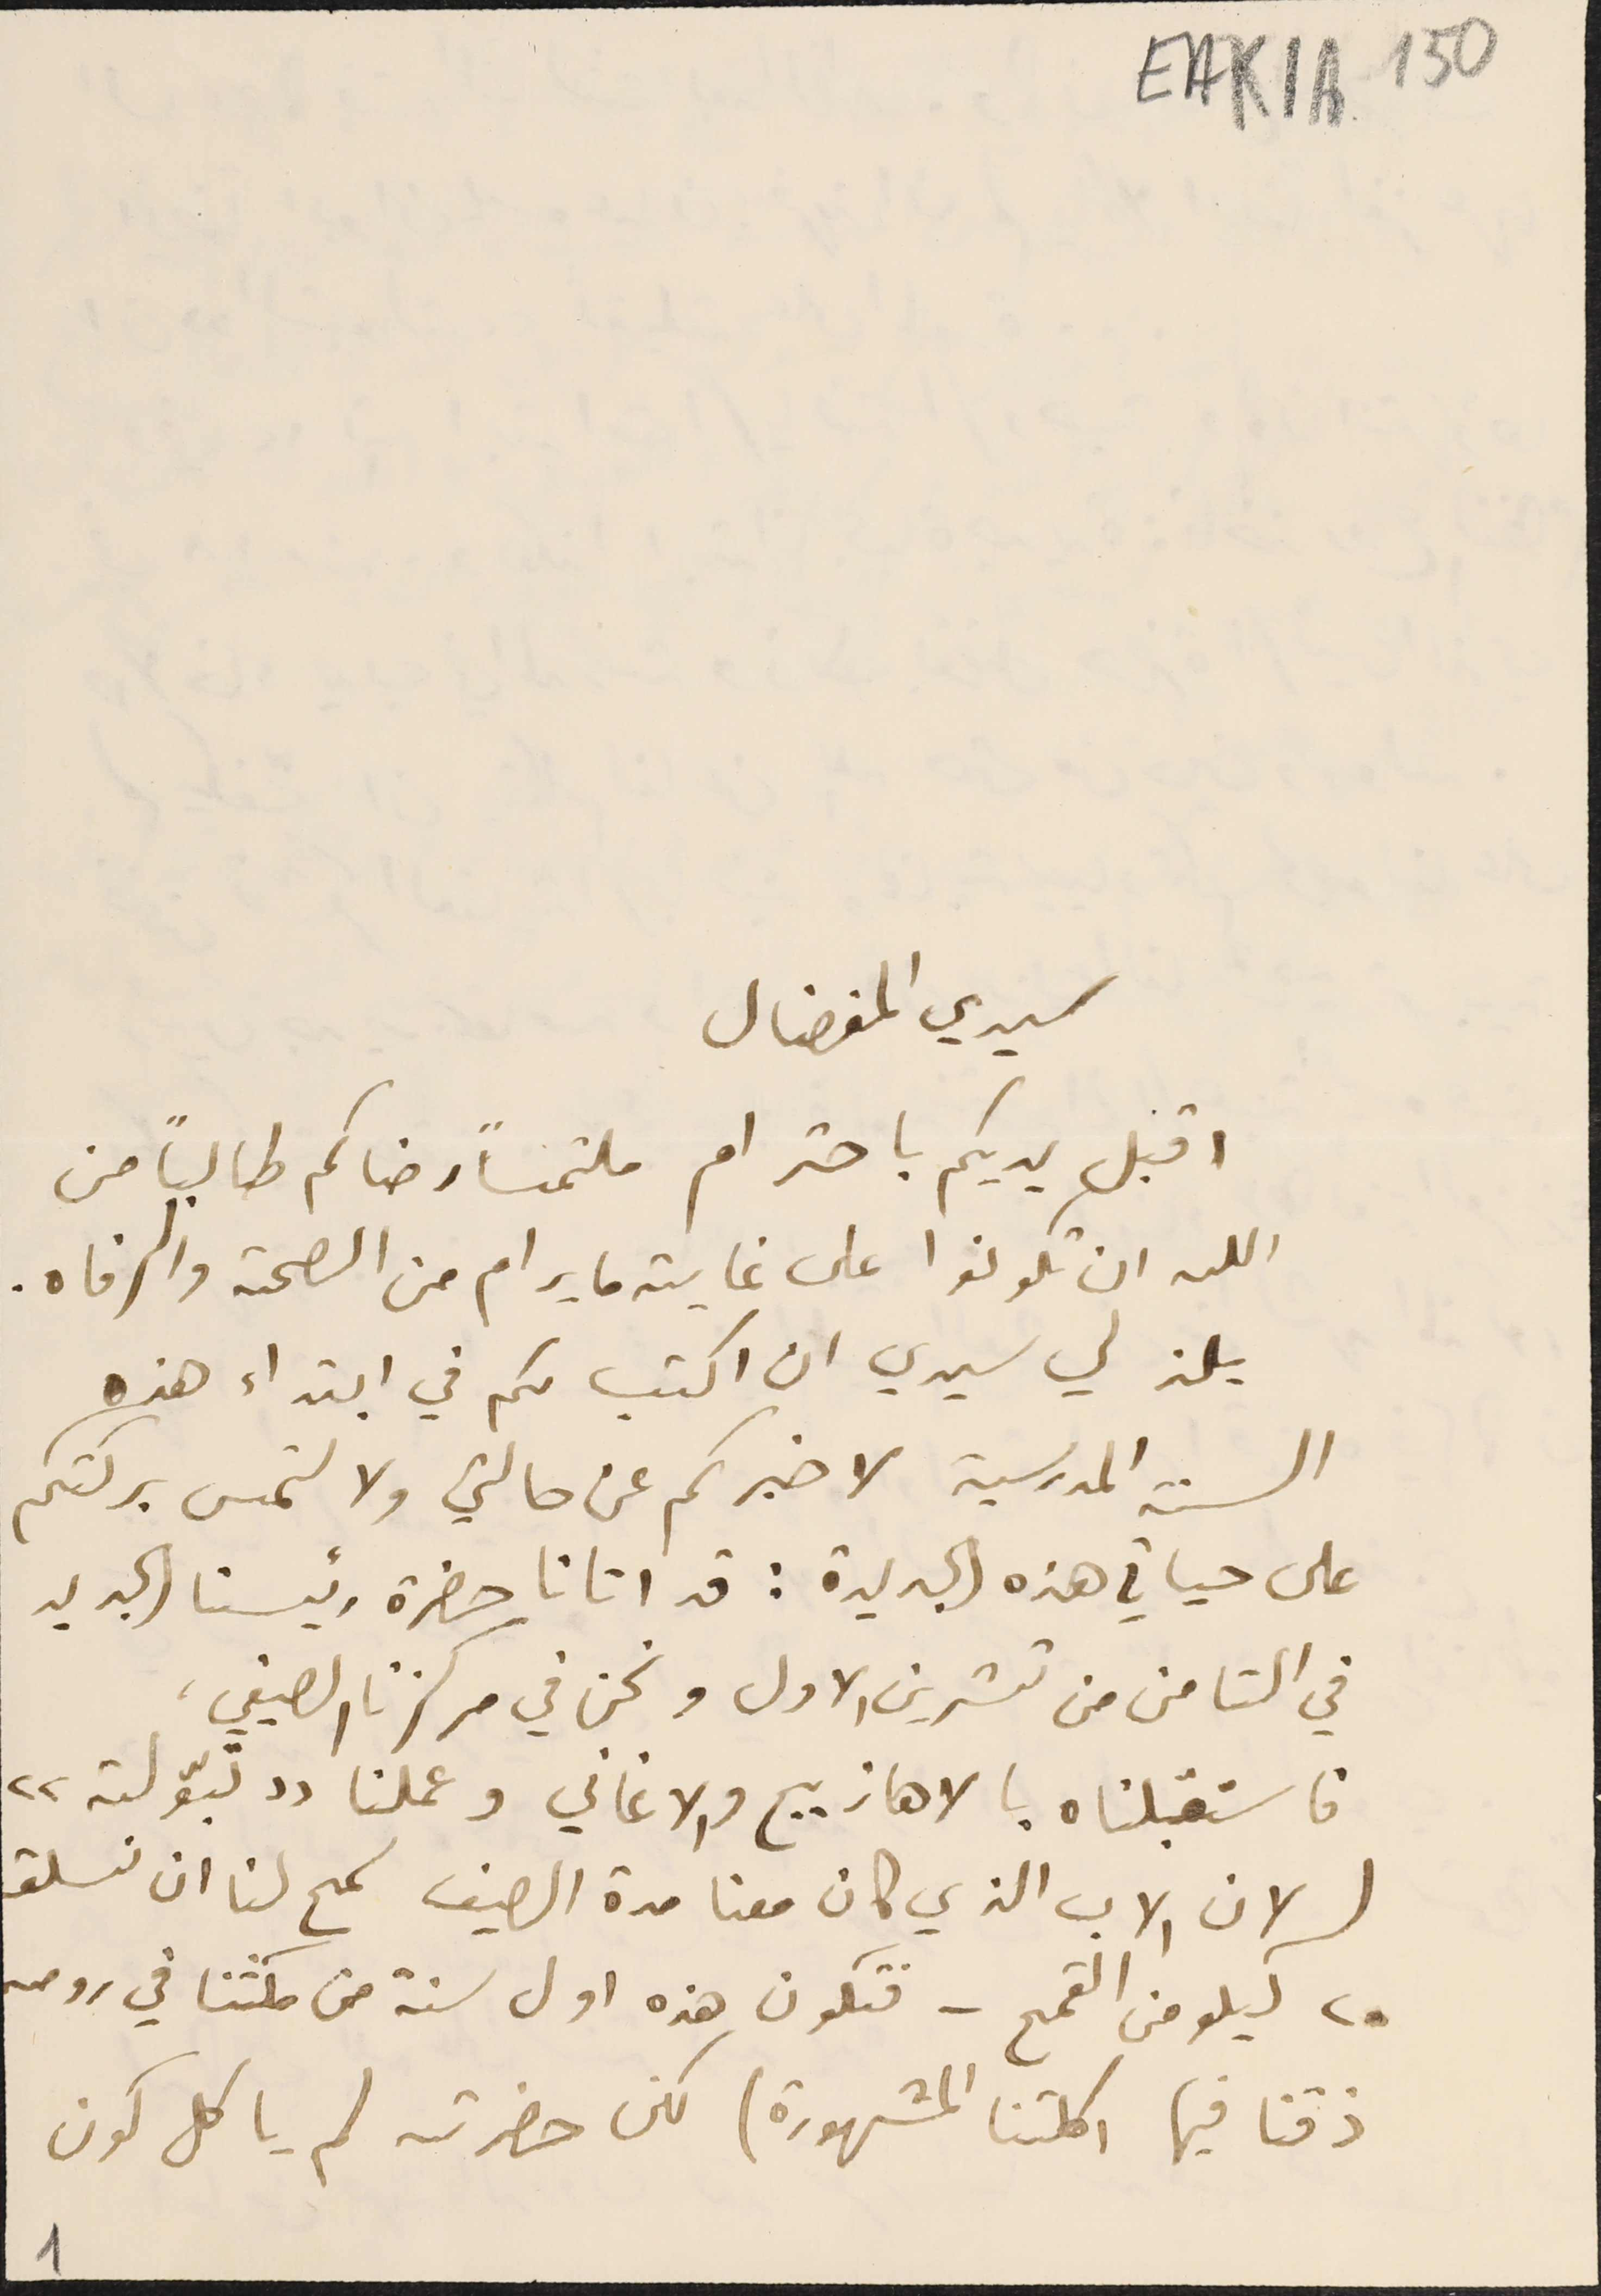
EAK1A 150
 سيدي المفضال
اقبل يديكم باحترام ملتمساً رضاكم طالباً من
الله ان تكونوا على غاية ما يرام من الصحة والرفاه.
يلذ لي سيدي ان اكتب لكم في ابتداء هذه
السنة المدرسية لاخبركم عن حالتي ولالتمس بركتكم
على حياتي هذه الجديدة: قد اتانا حضرة رئيسنا الجديد
في الثامن من تشرين الاول ونحن في مركزنا الصيفي،
فاستقبلناه بالاهازيج والاغاني وعملنا "تبّولة"
( لان الاب الذي كان معنا مدة الصيف سَمح لنا ان نسلق
٢٠ كيلو من القمح - فتكون هذه اول سنة من مكثنا في رومىه
ذقنا فيها اكلتنا المشهورة) لكن حضرته لم ياكل كون
1